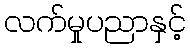
လက်မှုပညာနှင့်